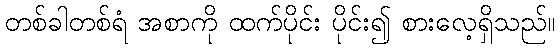
တစ်ခါတစ်ရံ အစာကို ထက်ပိုင်း ပိုင်း၍ စားလေ့ရှိသည်။